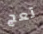
تعج